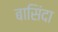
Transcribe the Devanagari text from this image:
बासिंदा